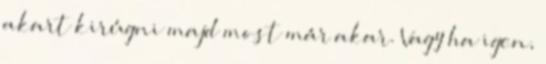
akart kirúgni majd most már akar. Vagy ha igen,